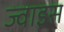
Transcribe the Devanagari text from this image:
ज्वाइस